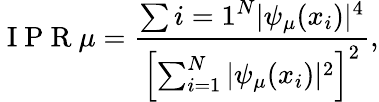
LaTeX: \mathrm{~I~P~R~}\mu=\frac{\sum{i=1}^{N}|\psi_{\mu}(x_{i})|^{4}}{\left[\sum_{i=1}^{N}|\psi_{\mu}(x_{i})|^{2}\right]^{2}},